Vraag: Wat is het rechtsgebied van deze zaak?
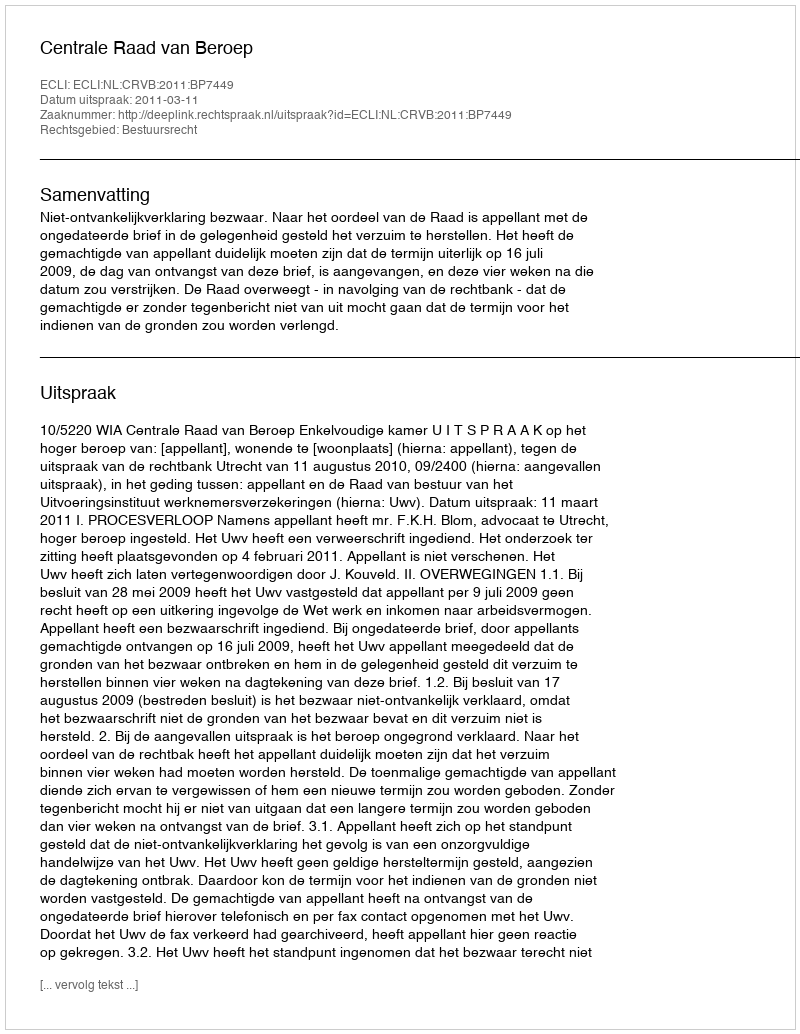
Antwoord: Bestuursrecht